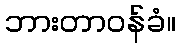
ဘားတာဝန်ခံ။